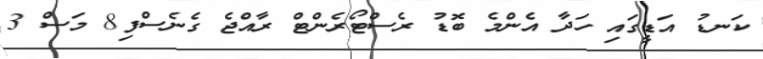
ކަނޑު އަޑީގައި ހަދާ އެންމެ ބޮޑު ރެސްޓޯރެންޓް ރާއްޖެ ގެނެސްފި8 މަސް 3